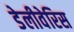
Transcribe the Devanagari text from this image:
डेलीवेरिस